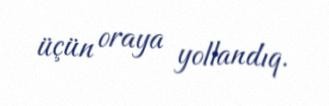
üçün oraya yollandıq.